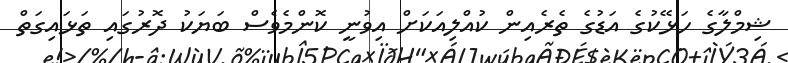
ޝިމްލާގެ ހަޅޭކުގެ އަޑުގެ ތެރެއިން ކުއްލިއަކަށް އިވުނީ ކޮންމެވެސް ބަޔަކު ދޮރުގައި ތަޅައިގަތް